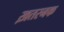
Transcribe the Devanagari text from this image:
ख़तरनक